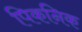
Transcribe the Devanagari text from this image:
पिकनिक